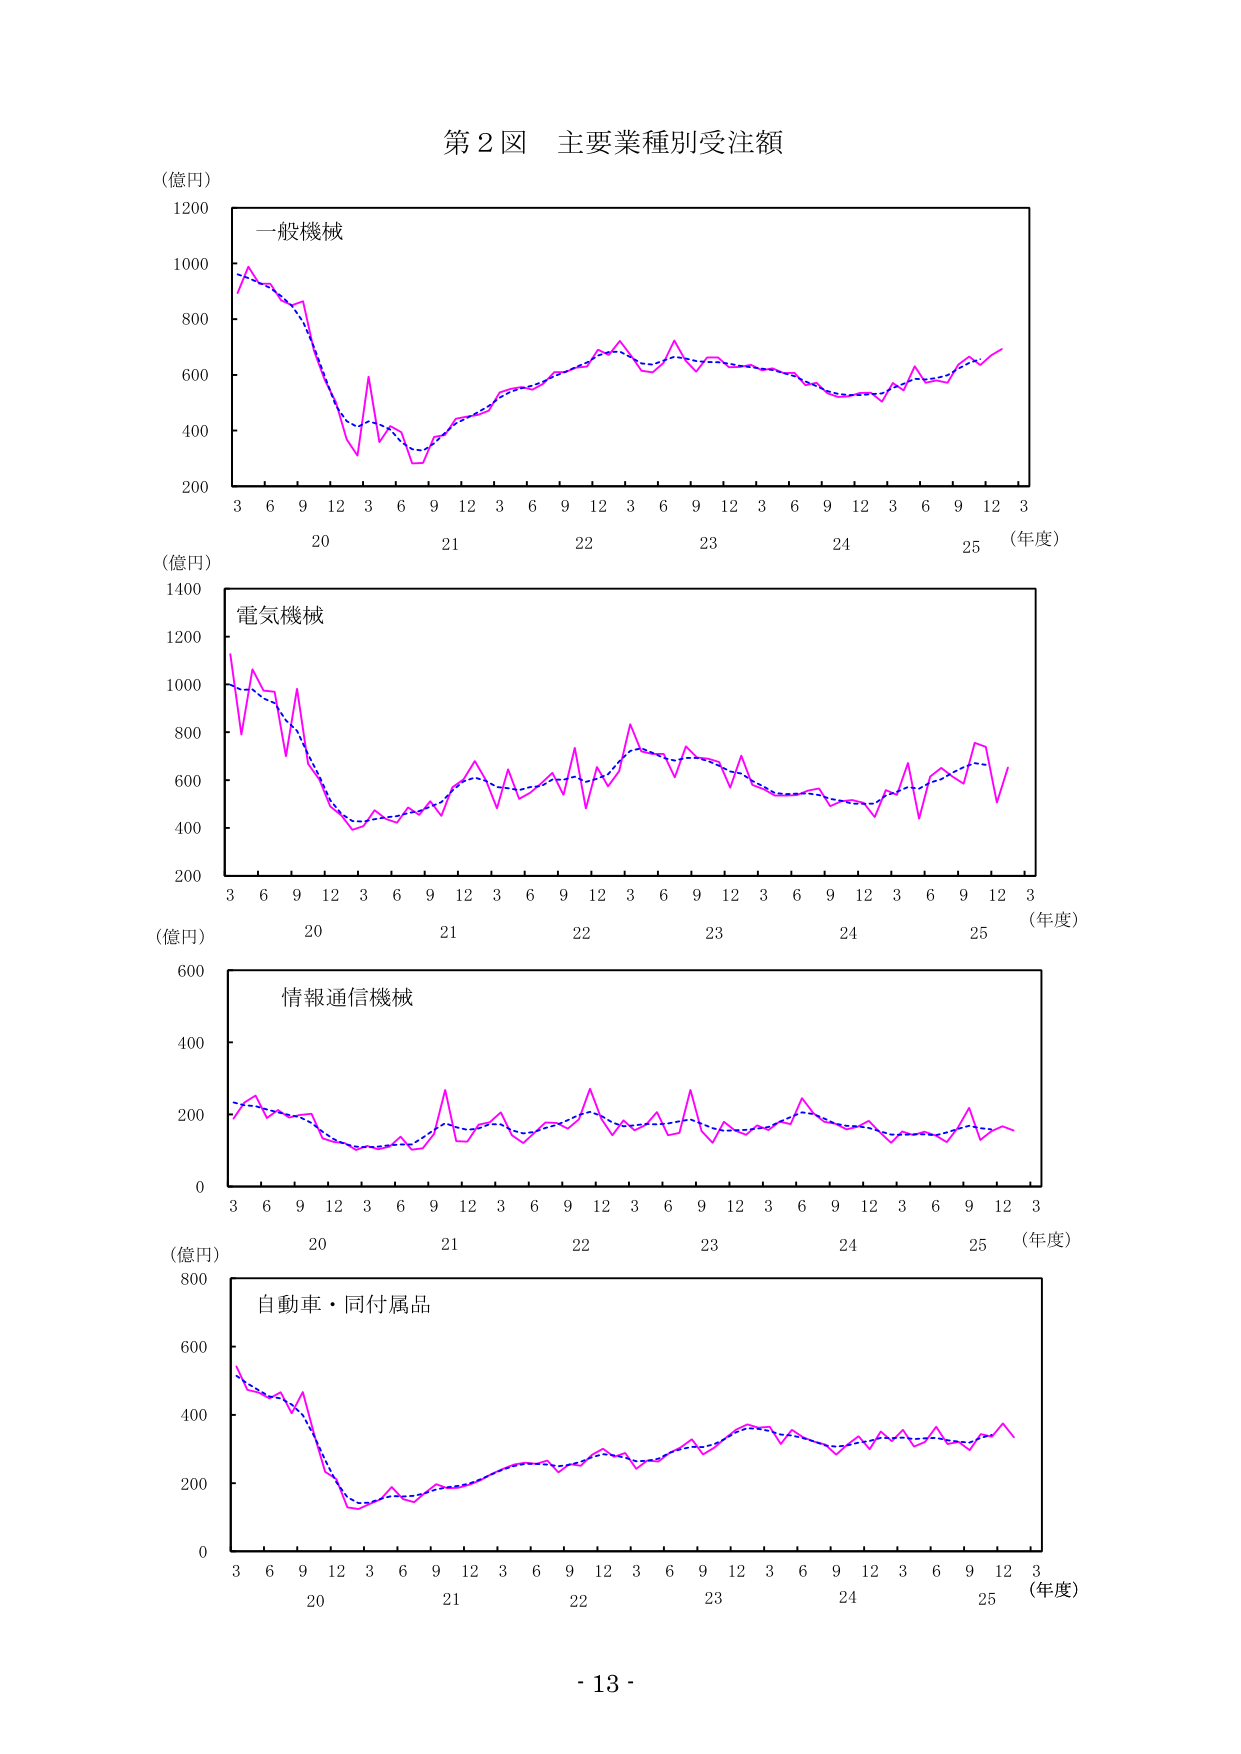
第２図 主要業種別受注額

（億円）
1200
1000
800
600
400
200
一般機械
3 6 9 12 3 6 9 12 3 6 9 12 3 6 9 12 3 6 9 12 3
20 21 22 23 24 25 （年度）

（億円）
1400
1200
1000
800
600
400
200
電気機械
3 6 9 12 3 6 9 12 3 6 9 12 3 6 9 12 3 6 9 12 3
20 21 22 23 24 25 （年度）

（億円）
600
400
200
0
情報通信機械
3 6 9 12 3 6 9 12 3 6 9 12 3 6 9 12 3 6 9 12 3
20 21 22 23 24 25 （年度）

（億円）
800
600
400
200
0
自動車・同付属品
3 6 9 12 3 6 9 12 3 6 9 12 3 6 9 12 3 6 9 12 3
20 21 22 23 24 25 （年度）

- 13 -